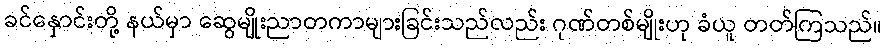
ခင်နှောင်းတို့ နယ်မှာ ဆွေမျိုးညာတကာများခြင်းသည်လည်း ဂုဏ်တစ်မျိုးဟု ခံယူ တတ်ကြသည်။